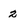
Character: 2